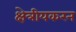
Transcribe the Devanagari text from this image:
क्षेत्रीयकरन